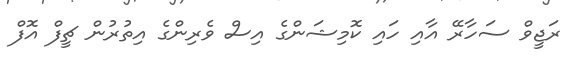
ރަޖީވް ސަހާރޭ އާއި ހައި ކޮމިޝަންގެ އިސް ވެރިންގެ އިތުރުން ޗީފް އޮފް